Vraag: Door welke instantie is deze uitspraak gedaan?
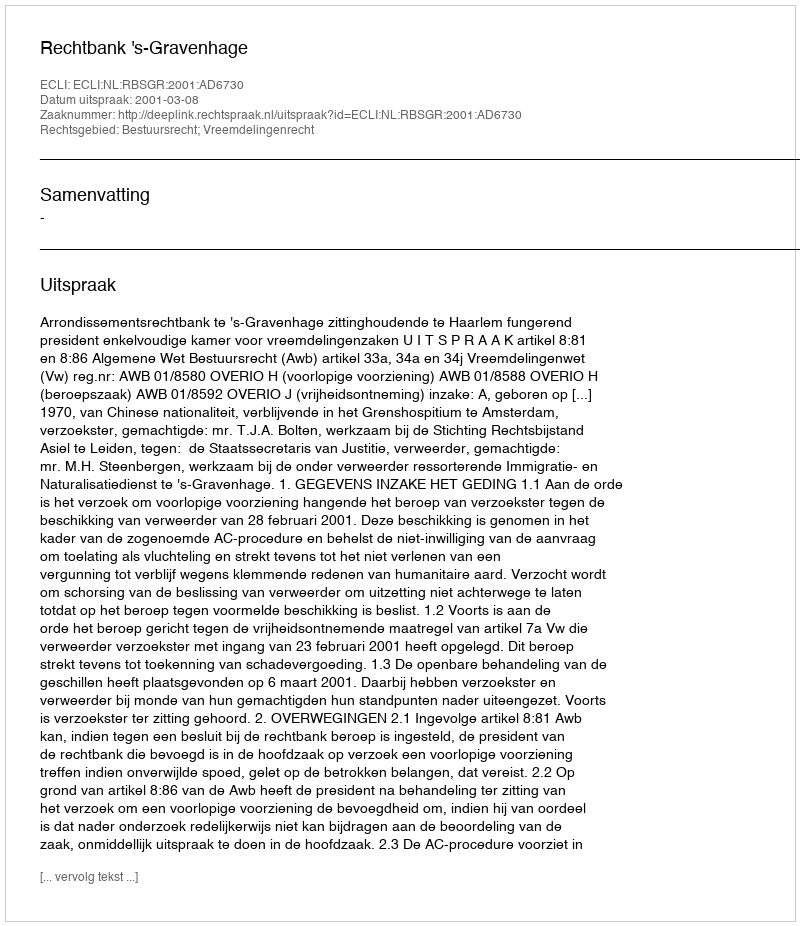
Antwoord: Rechtbank 's-Gravenhage